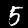
Label: 5